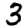
Digit: 3